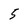
Character: 5